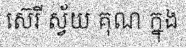
ស៊េរី ស្វ័យ គុណ ក្នុង